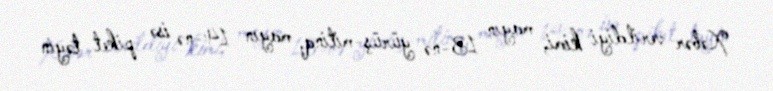
Xəbər verildiyi kimi, mayın 13-nə yürüş-mitinq, mayın 14-nə isə piket təyin